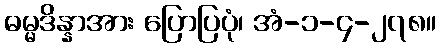
ဓမ္မဒိန္နာအား ပြောပြပုံ၊ အံ-၁-၄-၂၇၈။